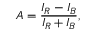
A = \frac { I _ { R } - I _ { B } } { I _ { R } + I _ { B } } ,